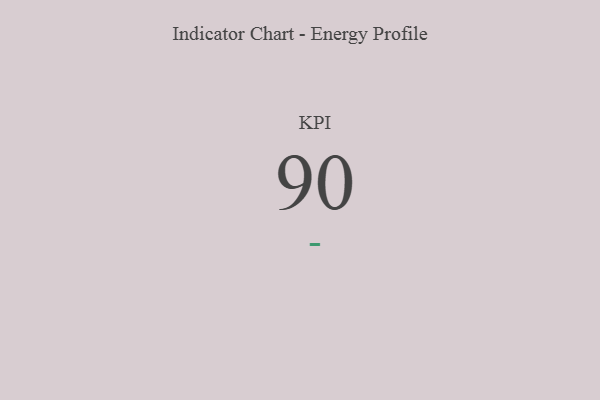
{"axis": {"x": "KPI", "y": "Value"}, "legend": [""], "data": [{"x": "KPI", "y": 90, "type": ""}]}